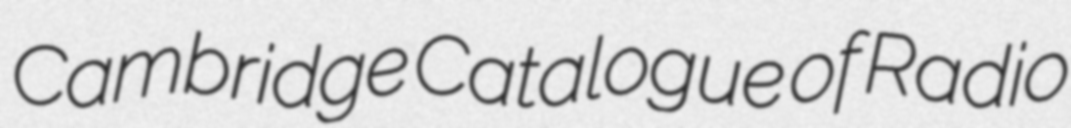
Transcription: Cambridge Catalogue of Radio